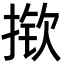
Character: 揿